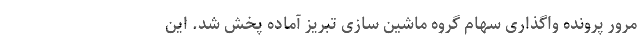
مرور پرونده واگذاری سهام گروه ماشین سازی تبریز آماده پخش شد. این